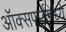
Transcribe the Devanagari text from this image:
ऑक्सफर्डमध्ये